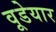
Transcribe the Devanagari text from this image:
वूडेयार